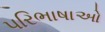
પરિભાષાઓ